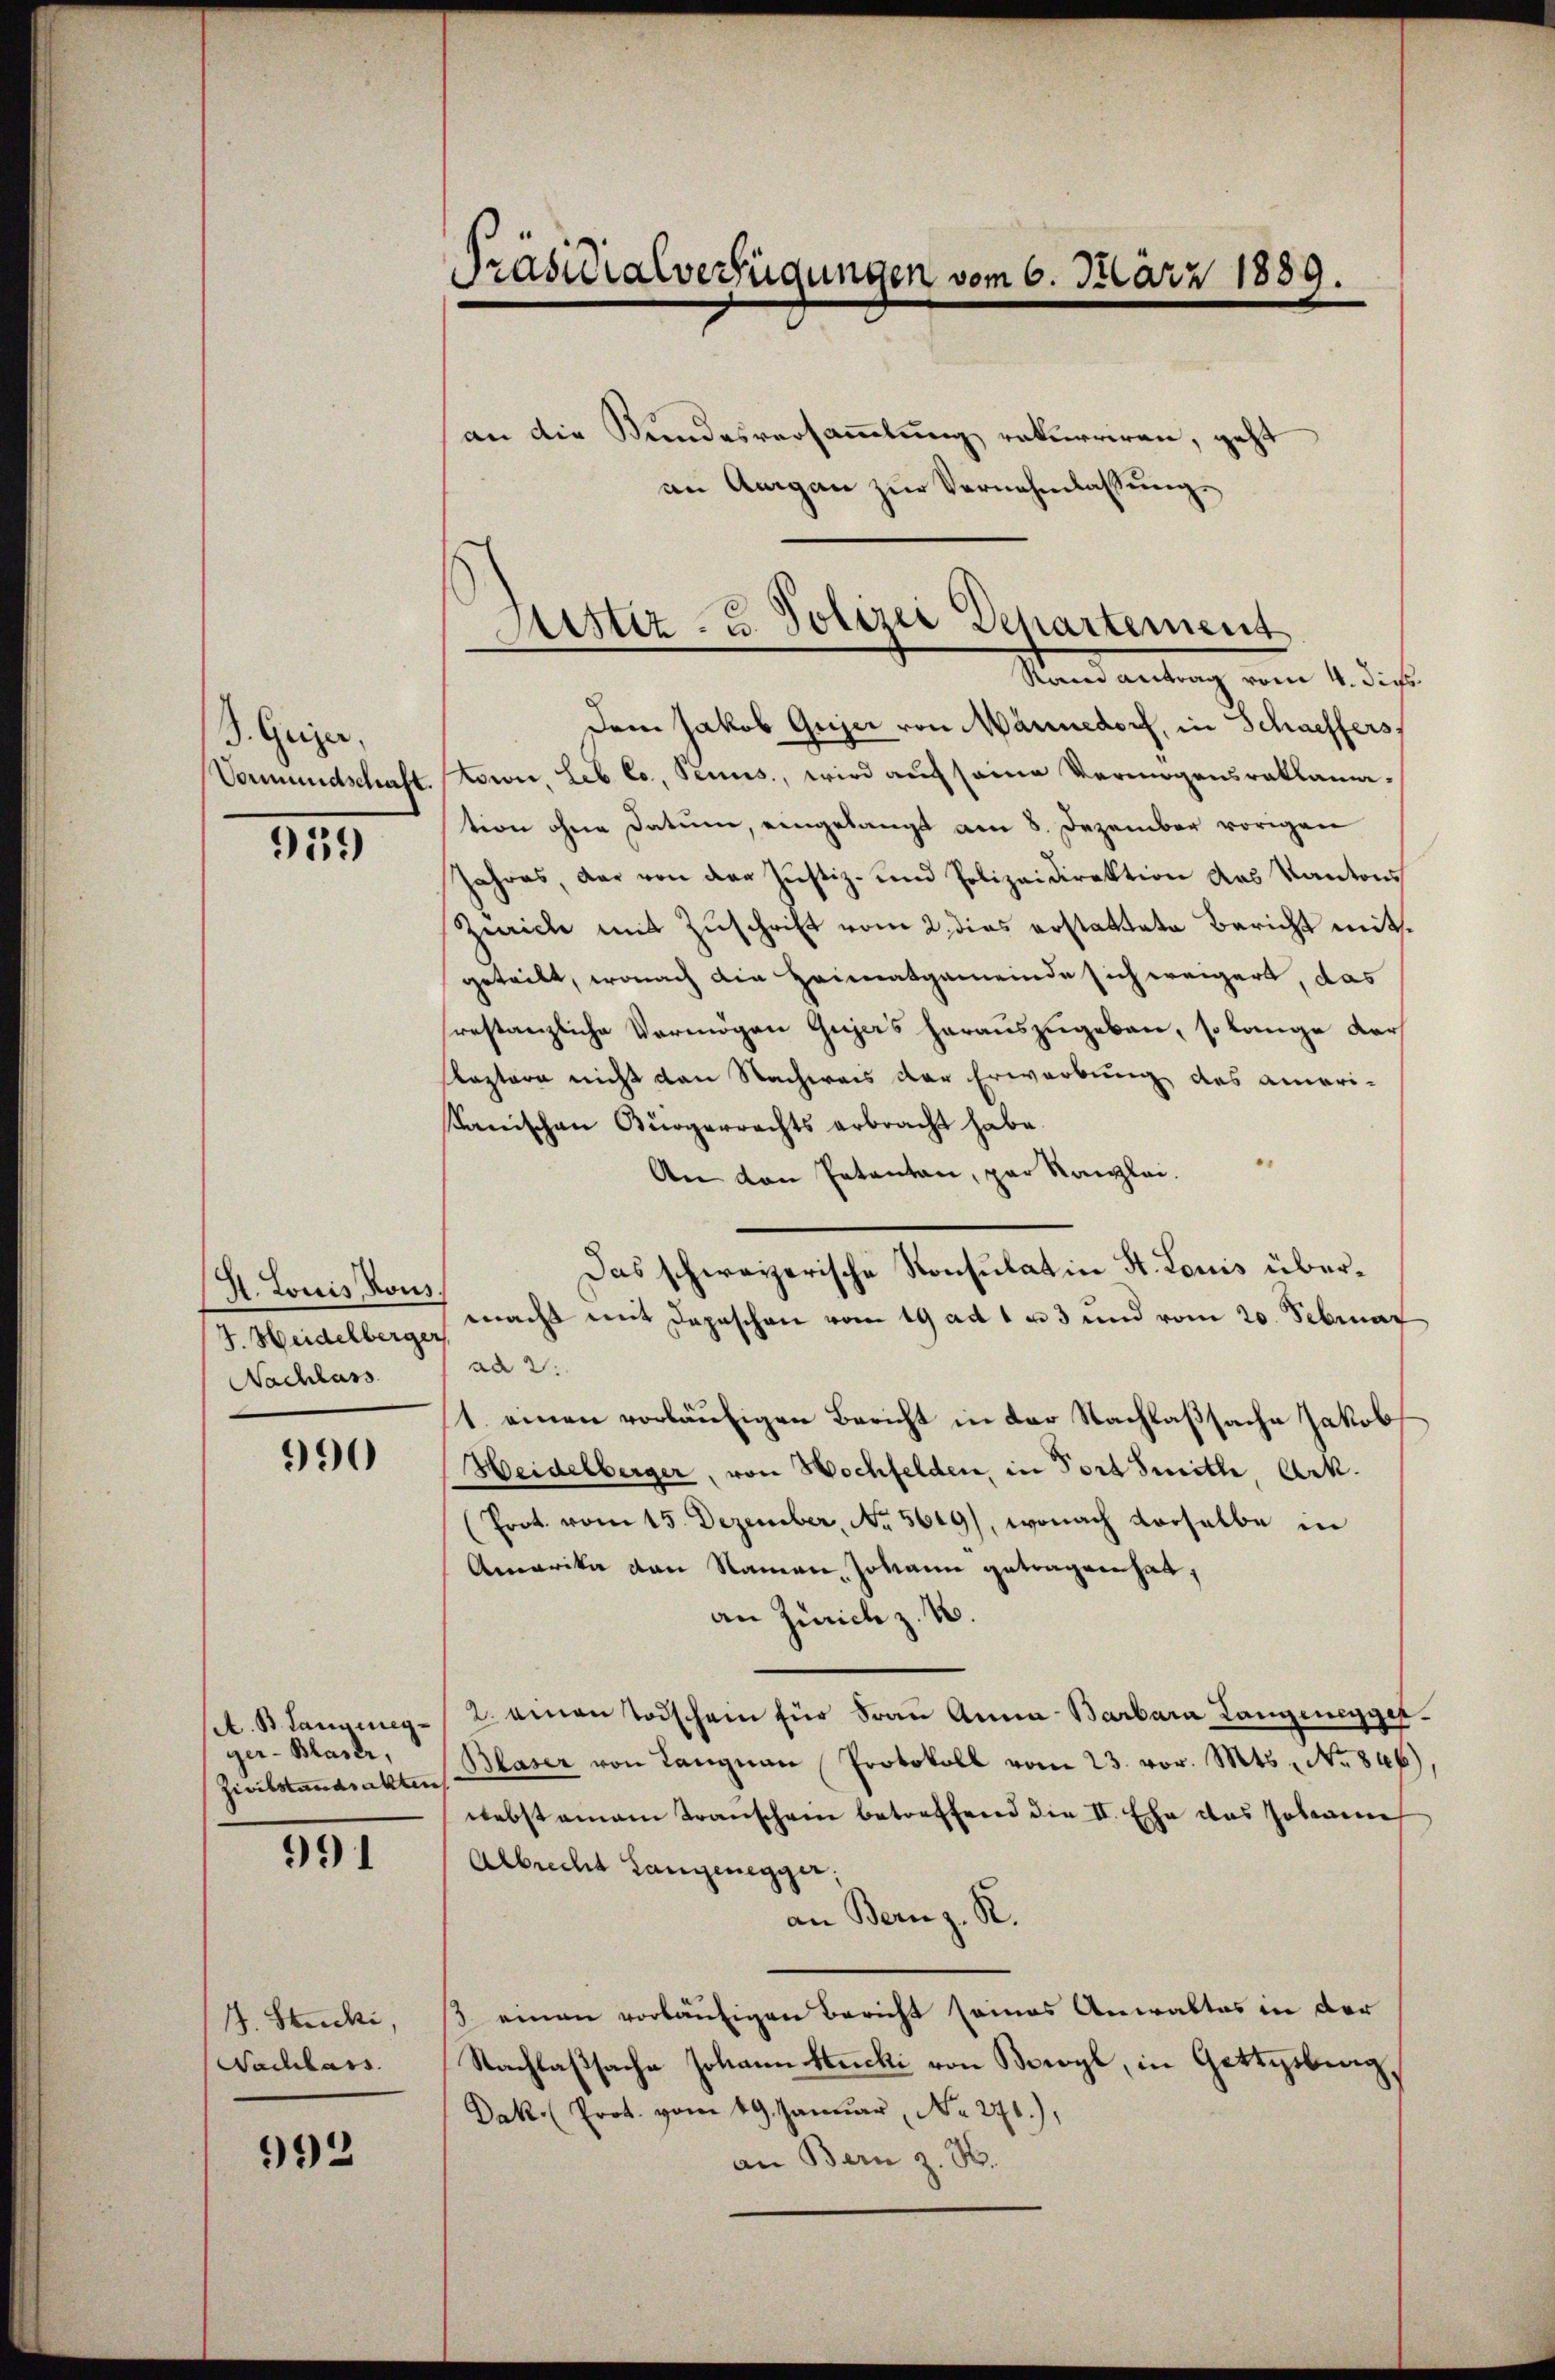
B. Geizer,
Vormundschaft.

959

A. Louis Kons
4. Heidelberger
Nachlass

990

A. B. Langenegger-Blaser,
Zivilstandsakten

991

1. Stucki,
Nachlass

992

Präsidialverfügungen vom 6. März 1889.

an die Bundesversammlung rekurriren, geht
an Aargau zur Vernehmlassung.

Justiz- u. Polizei Departement
Rau antrag vom 4. Dies

Dem Jakob Gujer von Männedorf, in Schaffers
towie, leb co, Tenus, wird auf seine Vermögensraklamation ohne Datum, eingelangt am 8. Dezember vorigen
Jahres, der von der Justiz- und Polizeidirektion des Kantons
Zürich mit Zuschrift vom 2. dies erstattete Bericht mitgeteilt, wonach die Heimatgemeinde sich weigert, das
srestanzliche Vermögen Gujers herauszugeben, so lange dar
lastern nicht den Nachweis der Erwerbung des ameri¬
Kanischen Bürgerrechts erbracht habe.
An den Petenten, par Kanzlei.
macht mit Depeschen vom 19 ad 1 u. 3 und vom 20. Februar
ad 2.
1. einen vorläufigen Bericht in der Nachlaßsache Jakob
Heidelberger, von Wochfelden, in Fort Smitle Ark.
(Prot. vom 15. Dezember, No. 5619), wonach derselbe in
Amarika von Namen, Johann getragen hat,
an Zürich z. B.
2. einen Todschein für Frau Anna Barbara Langenegger¬
Blaser von Langnau Protokoll vom 23. vor. Mts. No 846),
webstamen Transchein betreffend die II. Ehe das Johannen
Albrecht Langenegger.
an Bernz. R.
s. einen vorläufigen Bericht seines Anwaltes in der
Nachlaβsache Johann Stucki von Bowyl, in Gottgebung,
Dak. Prot. vom 19. Januar, No. 271),
an Bern z. B.

Das schweizerische Konsulat in St. Louis über¬